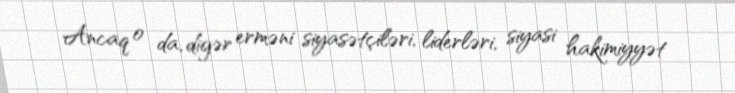
Ancaq o da, digər erməni siyasətçiləri, liderləri, siyasi hakimiyyət